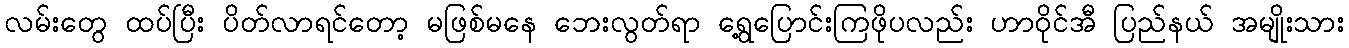
လမ်းတွေ ထပ်ပြီး ပိတ်လာရင်တော့ မဖြစ်မနေ ဘေးလွတ်ရာ ရွေ့ပြောင်းကြဖိုပလည်း ဟာဝိုင်အီ ပြည်နယ် အမျိုးသား